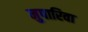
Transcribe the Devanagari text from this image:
मुपारिवा